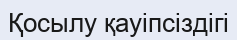
Қосылу қауіпсіздігі